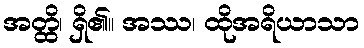
အတ္ထိ၊ ရှိ၏။ အဿ၊ ထိုအရိယာသာ